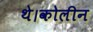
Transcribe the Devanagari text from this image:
थे।कोलीन